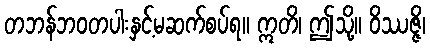
တဘန်ဘဝတပါးနှင့်မဆက်စပ်ရ။ ဣတိ၊ ဤသို့။ ဝိဿဇ္ဇိ၊